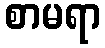
စာမရာ